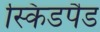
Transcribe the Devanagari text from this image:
स्किडपैड